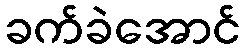
ခက်ခဲအောင်